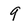
Character: 9